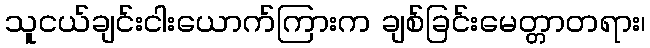
သူငယ်ချင်းငါးယောက်ကြားက ချစ်ခြင်းမေတ္တာတရား၊